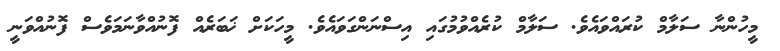
މީހުންނާ ސަލާމް ކުރައްވައެވެ. ސަލާމް ކުރެއްވުމުގައި އިސްނަންގަވައެވެ. މީހަކަށް ޚަބަރެއް ފޮނުއްވާނަމަވެސް ފޮނުއްވަނީ